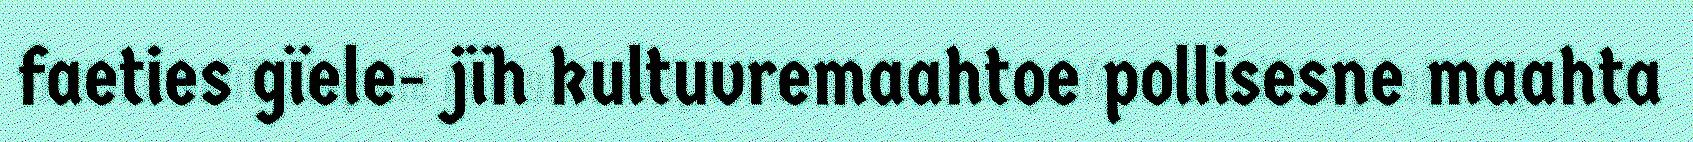
faeties gïele- jïh kultuvremaahtoe pollisesne maahta